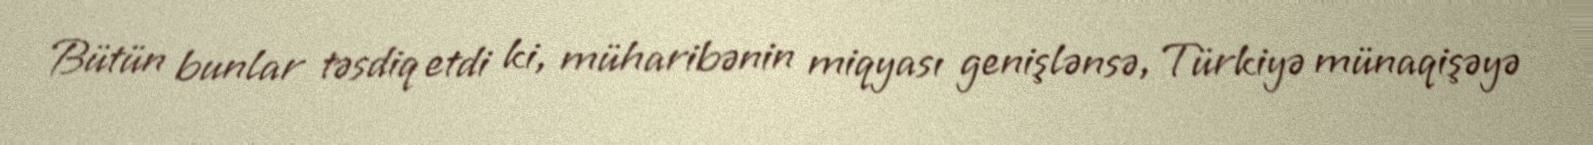
Bütün bunlar təsdiq etdi ki, müharibənin miqyası genişlənsə, Türkiyə münaqişəyə